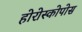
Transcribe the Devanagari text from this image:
होरोस्कोपोस